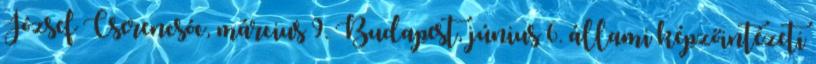
József Cserencsóc, március 9. Budapest, június 6. állami képzőintézeti